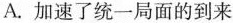
A.加速了统一局面的到来